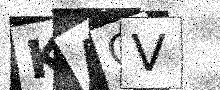
Text: KAGV